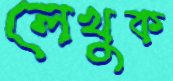
লেখুক